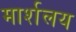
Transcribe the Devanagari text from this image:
मार्शलय